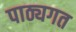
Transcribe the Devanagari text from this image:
पाठ्यगत